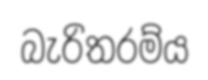
බැරිතරම්ය